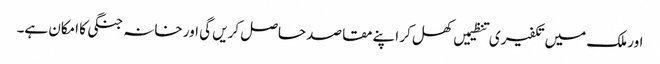
اور ملک میں تکفیری تنظیمیں کھل کر اپنے مقاصد حاصل کریں گی اور خانہ جنگی کا امکان ہے۔